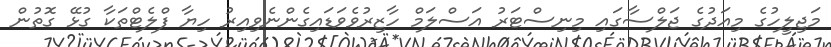
މަޖިލީހުގެ މިއަދުގެ ޖަލްސާގައި މިނިސްޓަރު އަސްލަމް ހާޒިރުވެވަޑައިގެންނެވިއިރު ހިޔާ ފްލެޓްތަކާ ގުޅޭ ގޮތުން